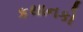
કથાનકો